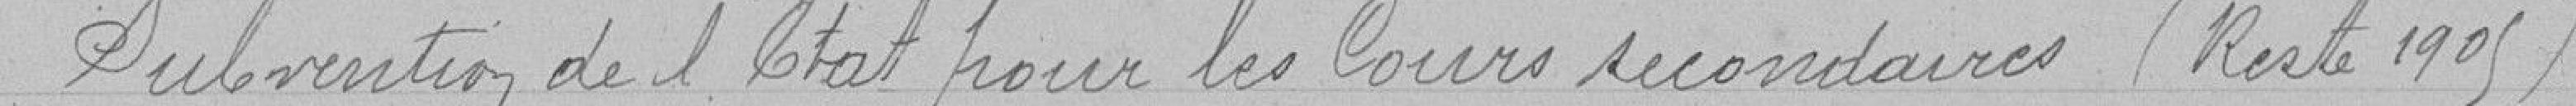
Autorisation de l'Etat pour les cours secondaires (restes 1905)